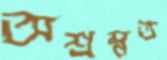
অশ্রম্নত